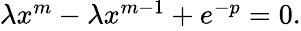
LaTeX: \begin{array}{r}{\lambda{x^{m}}-\lambda{x^{m-1}}+e^{-p}=0.}\end{array}